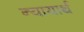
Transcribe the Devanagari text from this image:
न्यायार्थ